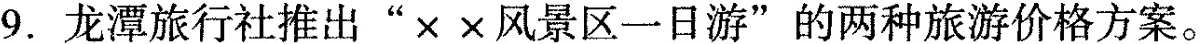
9.龙潭旅行社推出”××风景区一日游”的两种旅游价格方案。